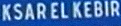
KSAR EL KEBIR